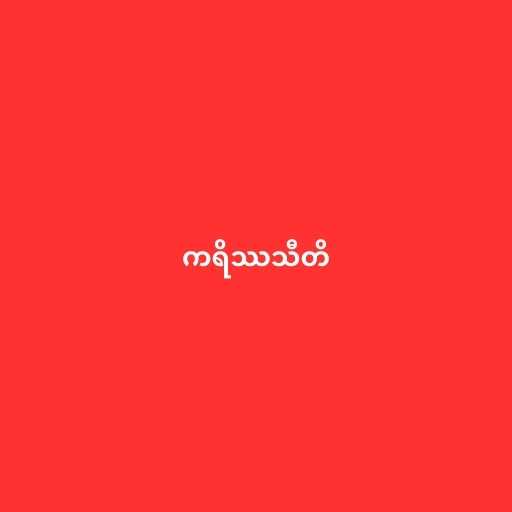
ကရိဿသီတိ